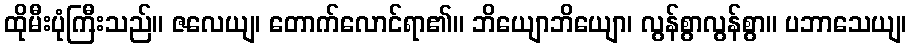
ထိုမီးပုံကြီးသည်။ ဇလေယျ၊ တောက်လောင်ရာ၏။ ဘိယျောဘိယျော၊ လွန်စွာလွန်စွာ။ ပဘာသေယျ၊